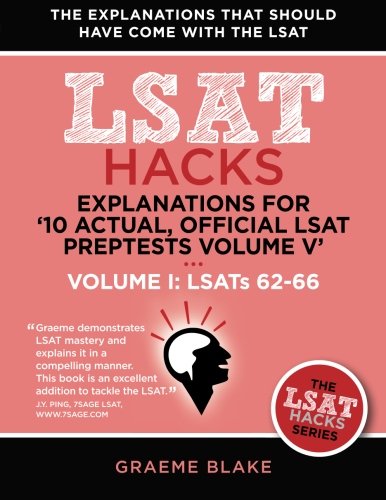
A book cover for Explanations for '10 Actual, Official LSAT PrepTests Volume V': LSATs 62-71 - Volume I: LSATs 62-66 (LSAT Hacks); Graeme Blake; Test Preparation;